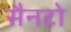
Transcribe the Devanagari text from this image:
सैनटो